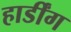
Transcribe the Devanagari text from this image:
हार्डींग